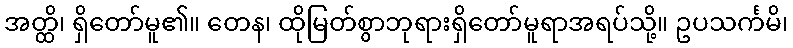
အတ္ထိ၊ ရှိတော်မူ၏။ တေန၊ ထိုမြတ်စွာဘုရားရှိတော်မူရာအရပ်သို့။ ဥပသင်္ကမိ၊